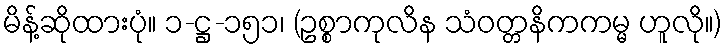
မိန့်ဆိုထားပုံ။ ၁-ဋ္ဌ-၁၅၁၊ (ဥစ္စာကုလိန သံဝတ္တနိကကမ္မ ဟူလို။)